Papers set at the Examination for Leaving Certificates, 1894
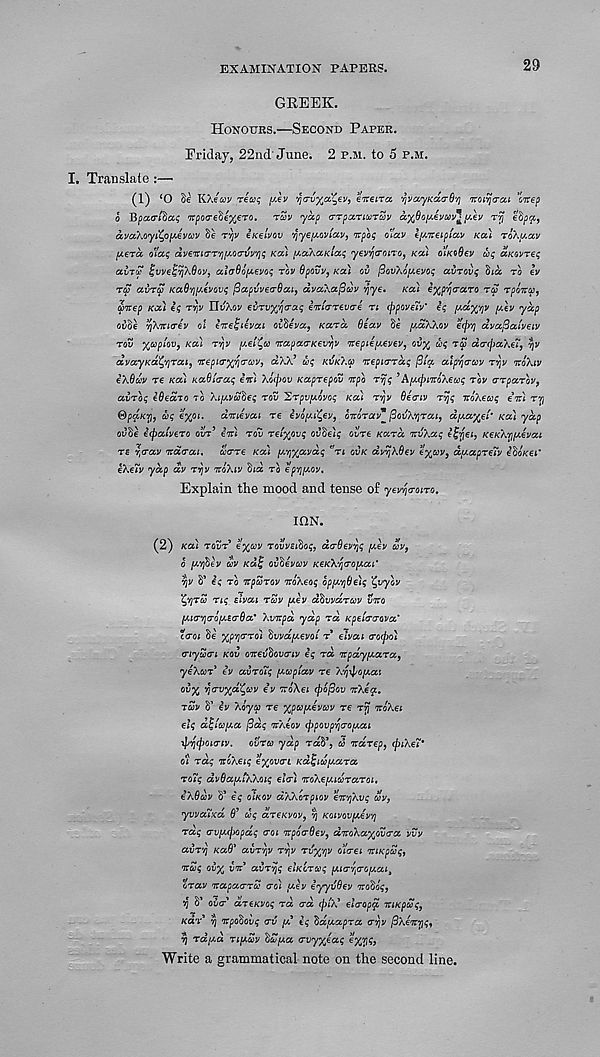
EXAMINATION PAPERS.
29
GREEK.
Honours.—Second Paper.
Friday, 22nd'June. 2 p.m. to 5 p.m.
I. Translate :—
(1) ‘O Se KXeav reaq y.ev vjcnr^a^ej/, eneira yvaryKacrO'/) noiijcrcu ’oirep
6 B parr that; TTpocreS^ero. rZv yap crrpariuTav axOnyevuv^yev Tvj etipp,
avaXoyi^oyevuv Be rvjv eKelvov yyeyoviav, irpor; olav eyneipiai/ kou roXyav
yera o'laq dveTticrr'/jyorrvvviq Ka) yaXaKiac; yevyrroiro, koi aiKtOev uq aKGvreq
avTu ^vve^yjXQov, alatioyevoq rov Opovv, Ka) ov fiovXoyevoq avrovq §ia to ev
rw avrSp Kadvjyii/ovr; jSapvvecrOai, dvaXaftcov r\ye, Ka) i^p^craTO tcS rpoitcc^
anep Ka) iq
YivXov evTvy^firraq i'lclrrrevrre n (ppoveiv' iq yd%’/]V y\v yap
ovBe vjX'irirrev ol htefqiivai oi'beva, Kara Oiav Be ydXXov ecp' /j dvafiatveiv
rov xupiov, Ka) rvjv yei^cc 'irapaa-Kev^v 'irepieyevev, ov% uq tS drrrpaXei,
dvayKccQ/jrai, 'Ttepirry/icrcov, aXX 5 uq kvkXcc TtepirTraq fiia aipYjrrav ryv iroXiv
iXSuv T€ Ka) KaSicraq in) Xorpov Kaprepov npo rvjq ’AyrpmoXewq rov rrrpaToVp
avroq iOeaio to Xiyva$€q rov 1,Tpvyovoq Ka) Tr\v Oerriv rvjq noXeaq in) rr)
®paKrj, &q e%oi. dmevai re ivoyi^ev, onorav* {SovXvjTai, dya-/ i et‘ Ka) yap
oJBe irpatvero out 5 in) rov rciy^ovq oi?Bei^ ovre Kara nvXaq itjriei, KeKXrjyevai
ts yrrav ndrrai, acrre Ka) y^avdq e, Tt ovk dvvjXOev *X av > dyapreiv eBoVei*
eXeiV yap dv tt\v noXiv B<a to epvjyov.
Explain the mood and tense of yevyrroiro.
ION.
(2) Ka) tovt €%cov TovvE&oq, daOevYiq yev oov 9
o yvjbev uv ku^ ovdevcov KCKXyrroyai'
vjv B’ iq to npuTov noXeoq opyvjOeiq %vyov
XtfTw Tiq slvai tcov yiv dtivvaTcov vno
yicrv\(royEcrQa* Xvnpd ydp to, Kpeirrcrova'
crroi Be ^pYjrrTOi ftvvdyevoi t eivcu rrorpo)
myum kov onevtiovmv iq to, npdyyaTa 9
yeXcor’ ev avToiq yupiav re X^ypoyai
ov% yo-v%d<'cw iv no\ei (pofiov nXegr.
tuv B’ iv Xoycp re xpayivccv re noXei
elq d^icoya (3dq nXiov (ppovp^aoyai
ifjvjrpoimv. ovtu ydp raB 1 , & nurep, rpiXeT*
Oi Taq noXeiq Eyovm KaljiuyaTa
TOiq dvQaytXXoiq elrr) noXeyitoTaToi.
iXOdv B* iq oIkov dXXoTpiov enujXvq dv,
yvvaTxd $’ dq octekvov, yj Koivovyivyj
Taq rrvyrpopdq rroi nporrOev, dnoXayjyurra vvv
avT’/j KaO' avT'/jv r^v tij%y]V o'lrrei niKpuq,
nuq ovx vn avTvjq eiKCTuq yirr^rroyai,
oTav naparrTu rro) yiv iyyvOev notoq,
y B* over' aTEKVoq Ta rrd rpiX* elrropy niKpuq,
Kar v) npodovq rrv y iq tidyapTa <rr\v pXenvjq,
yj Taya Tiyuv hZya rrvyyjiaq e^vj^,
Write a grammatical note on the second line.